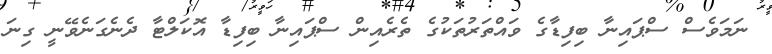
ނަމަވެސް ސްޕައިނާ ބިފިޑާގެ ވައްތަރުތަކުގެ ތެރެއިން ސްޕައިނާ ބިފިޑާ އޮކަލްޓާ ދެނެގަނެވޭނީ ގިނަ